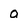
Character: a